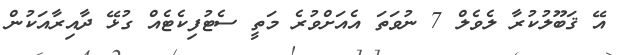
އޭ ޤަބޫލުކުރާ ލެވެލް 7 ނުވަތަ އެއަށްވުރެ މަތީ ސެޓުފިކެޓެއް ގުޅޭ ދާއިރާއަކުން